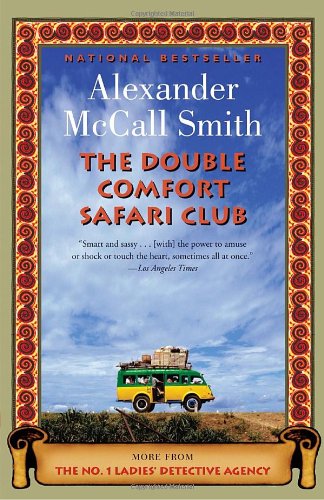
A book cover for The Double Comfort Safari Club (No. 1 Ladies' Detective Agency Series); Alexander McCall Smith; Literature & Fiction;